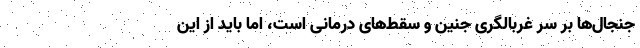
جنجال‌ها بر سر غربالگری جنین و سقط‌های درمانی است، اما باید از این